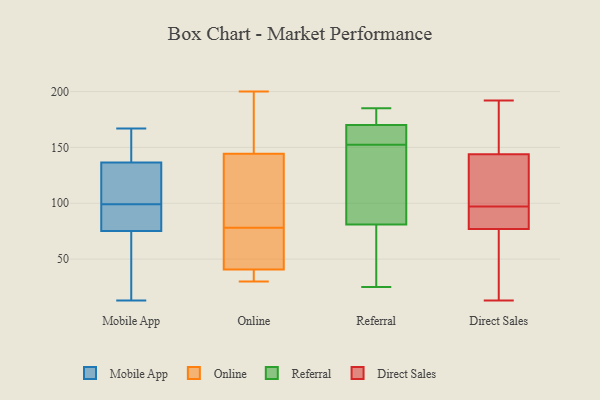
{"axis": {"x": "Tickets Resolved", "y": "Value"}, "legend": ["Direct Sales", "Mobile App", "Online", "Referral"], "data": [{"x": "", "y": 144, "type": "Mobile App"}, {"x": "", "y": 95, "type": "Mobile App"}, {"x": "", "y": 134, "type": "Mobile App"}, {"x": "", "y": 13, "type": "Mobile App"}, {"x": "", "y": 21, "type": "Mobile App"}, {"x": "", "y": 76, "type": "Mobile App"}, {"x": "", "y": 18, "type": "Mobile App"}, {"x": "", "y": 106, "type": "Mobile App"}, {"x": "", "y": 99, "type": "Mobile App"}, {"x": "", "y": 76, "type": "Mobile App"}, {"x": "", "y": 85, "type": "Mobile App"}, {"x": "", "y": 158, "type": "Mobile App"}, {"x": "", "y": 158, "type": "Mobile App"}, {"x": "", "y": 73, "type": "Mobile App"}, {"x": "", "y": 104, "type": "Mobile App"}, {"x": "", "y": 167, "type": "Mobile App"}, {"x": "", "y": 125, "type": "Mobile App"}, {"x": "", "y": 200, "type": "Online"}, {"x": "", "y": 148, "type": "Online"}, {"x": "", "y": 77, "type": "Online"}, {"x": "", "y": 113, "type": "Online"}, {"x": "", "y": 181, "type": "Online"}, {"x": "", "y": 36, "type": "Online"}, {"x": "", "y": 78, "type": "Online"}, {"x": "", "y": 55, "type": "Online"}, {"x": "", "y": 30, "type": "Online"}, {"x": "", "y": 133, "type": "Online"}, {"x": "", "y": 31, "type": "Online"}, {"x": "", "y": 135, "type": "Referral"}, {"x": "", "y": 117, "type": "Referral"}, {"x": "", "y": 180, "type": "Referral"}, {"x": "", "y": 144, "type": "Referral"}, {"x": "", "y": 178, "type": "Referral"}, {"x": "", "y": 96, "type": "Referral"}, {"x": "", "y": 163, "type": "Referral"}, {"x": "", "y": 164, "type": "Referral"}, {"x": "", "y": 161, "type": "Referral"}, {"x": "", "y": 58, "type": "Referral"}, {"x": "", "y": 34, "type": "Referral"}, {"x": "", "y": 162, "type": "Referral"}, {"x": "", "y": 66, "type": "Referral"}, {"x": "", "y": 185, "type": "Referral"}, {"x": "", "y": 25, "type": "Referral"}, {"x": "", "y": 176, "type": "Referral"}, {"x": "", "y": 77, "type": "Direct Sales"}, {"x": "", "y": 144, "type": "Direct Sales"}, {"x": "", "y": 159, "type": "Direct Sales"}, {"x": "", "y": 13, "type": "Direct Sales"}, {"x": "", "y": 192, "type": "Direct Sales"}, {"x": "", "y": 40, "type": "Direct Sales"}, {"x": "", "y": 140, "type": "Direct Sales"}, {"x": "", "y": 144, "type": "Direct Sales"}, {"x": "", "y": 93, "type": "Direct Sales"}, {"x": "", "y": 79, "type": "Direct Sales"}, {"x": "", "y": 101, "type": "Direct Sales"}, {"x": "", "y": 68, "type": "Direct Sales"}, {"x": "", "y": 89, "type": "Direct Sales"}, {"x": "", "y": 173, "type": "Direct Sales"}]}